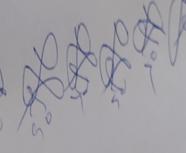
Signature authenticity: genuine